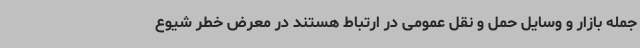
جمله بازار و وسایل حمل و نقل عمومی در ارتباط هستند در معرض خطر شیوع